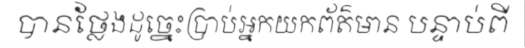
បានថ្លែងដូច្នេះប្រាប់អ្នកយកព័ត៌មាន បន្ទាប់ពី